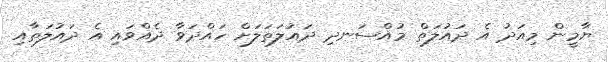
ޔާމީން މިއަދު އެ ދައުލަތް މުއްސަނދި ދައުލަތަލަށް ހައްދަވާ ދެއްވައި އެ ދައުލަތާއި